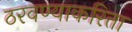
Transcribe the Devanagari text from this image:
ठरवण्याकरिता